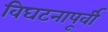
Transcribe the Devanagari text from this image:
विघटनापूर्वी